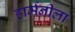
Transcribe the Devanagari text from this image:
हार्मनीला